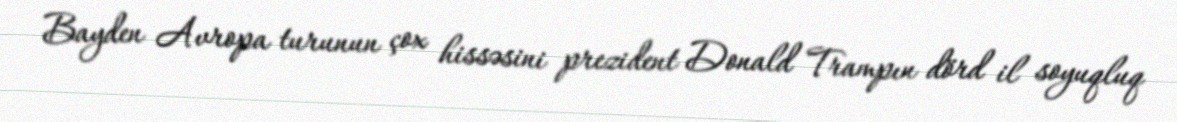
Bayden Avropa turunun çox hissəsini prezident Donald Trampın dörd il soyuqluq